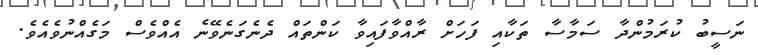
ނަސީބު ކުރަމުންދާ ސަމާސާ ތަކާއި ފަހަށް ރާއްވާފައިވާ ކަންތައް ދެނެގަނެވޭނެ އެއްވެސް މަގެއްނުވެއެވެ.